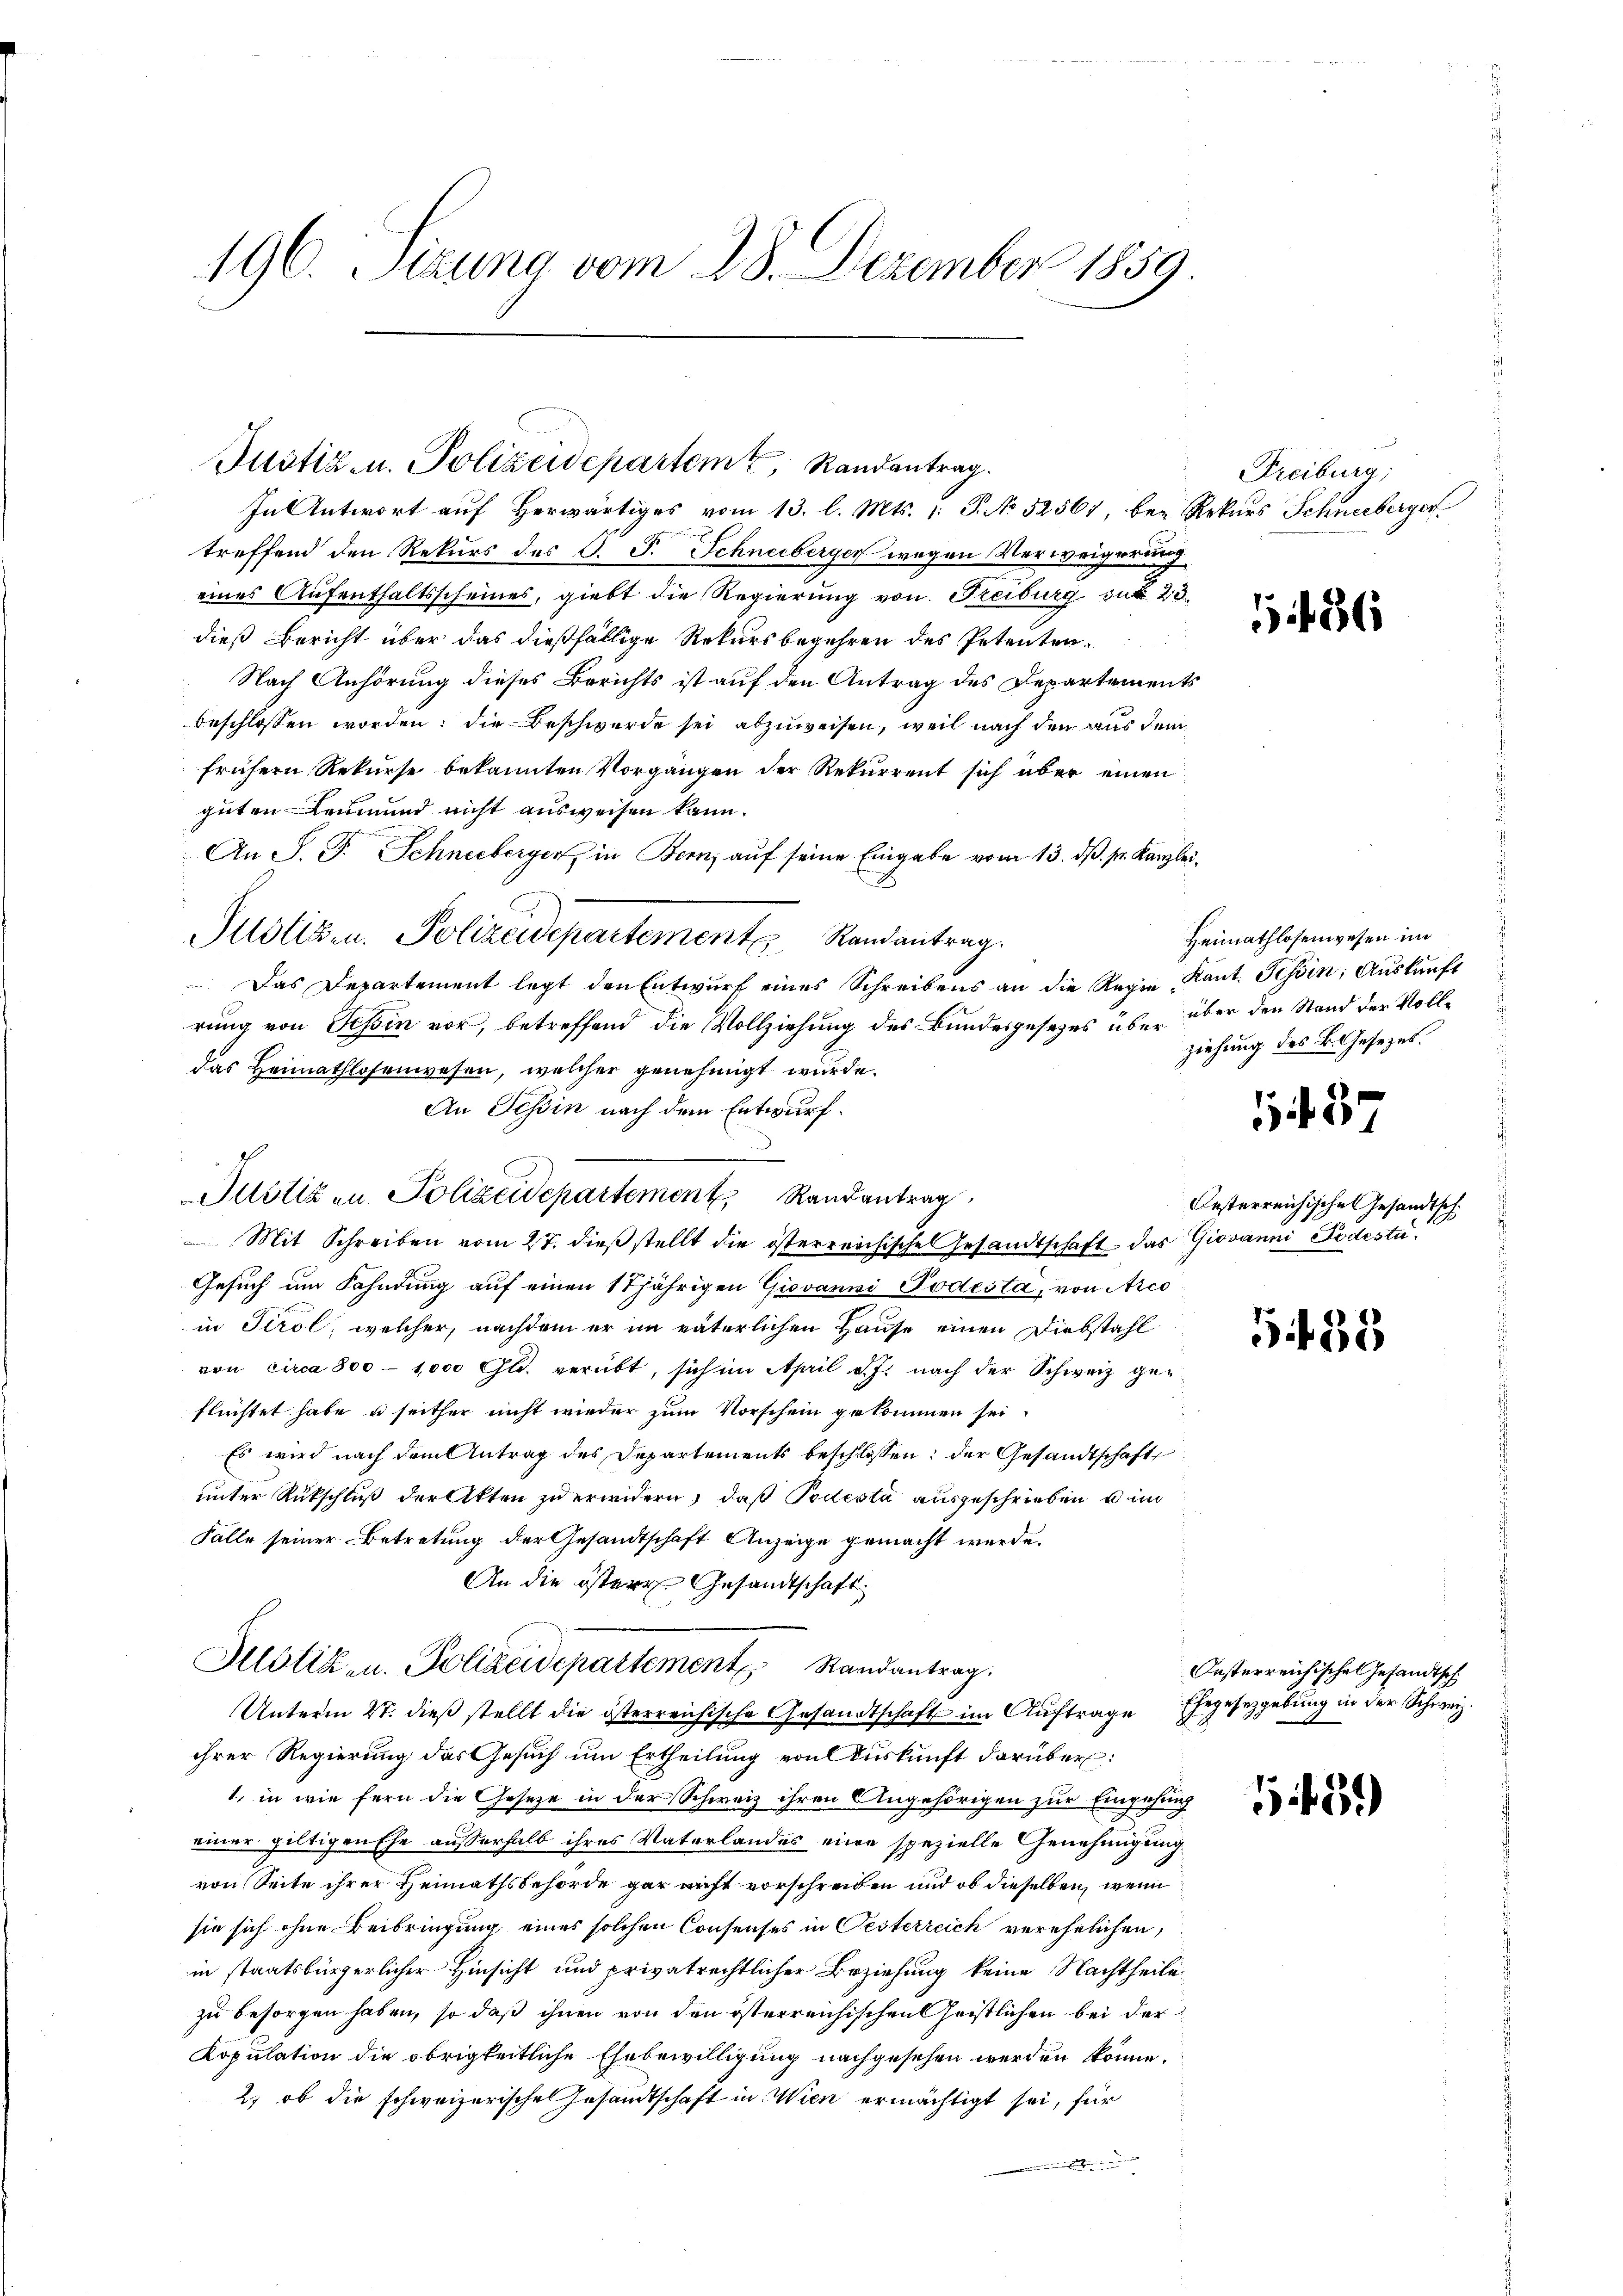
196. Sizung vom 28. Dezember 1859

Justiz- u. Polizeidepartem Randantrag.

das Heimathlosenwesen, welcher genehmigt wurde.
An Tessin nach dem Entwurf.
c
u
Justiz u. Polizeidepartement Randantrag

In Antwort auf herwärtiges vom 13. l. Mts. 1. P. No 52561, bei Rekurs Schneeberger
treffend den Rekurs des O. S. Schneiberger wegen Verweigerung
eines Aufenthaltsscheines, giebt die Regierung von Reiburg sub 23
dieß Bericht über das dießfällige Rekursbegehren des Petenten
Nach Anhörung dieses Berichts ist auf den Antrag des Departements
beschlossen worden; die Beschwerde sei abzuweisen, weil nach den aus dem
frühern Rekurse bekannten Vorgängen der Rekurrent sich über einen
guten Leumund nicht ausweisen kann.
An S. P. Schneeberger, in Bern, auf seine Eingabe vom 13. ds. pr. Kanzlei,
Justiz. Polizeidepartement Randantrag
Das Departement legt den Entwŭrf eines Schreibens an die Regien Kant. Tessin; Auskunft
rung von Tessin vor, betreffend die Vollziehung des Bundesgesetzes über über den Stand der Voll¬
Mit Schreiben vom 27. dieβ stellt die österreichische Gesandtschaft, das Giovanni Todesta¬
Gesuch um Fahndung auf einen 18jährigen Giovanni Todesta, von Arco
in Tirol, welcher, nachdem er im väterlichen Hause einen Diebstahl
von circa 800 - 1000 Gl. verübt, sich im April v. J. nach der Schweiz geflüchtet habe, u seither nicht wieder zum Vorschein gekommen sei.
Es wird nach dem Antrag des Departements beschlossen: der Gesandtschaft
unter Rückschluß der Akten zu erwidern, daß Podesta ausgeschrieben, u im
Fälle seiner Betretung der Gesandtschaft Anzeige gemacht werde.
An die östere Gesandtschaft
Justiz- u. Polizeidepartement Randantrag.
Unterm 27. dieß stellt die österreichische Gesandtschaft im Auftrage Ehegesetzgebung in der Schweiz.
ihrer Regierung des Gesuch um Ertheilung von Auskunft darüber:
1, in wie fern die Gesetze in der Schweiz ihren Angehörigen zur Eingehung
einer giltigen Ehe außerhalb ihres Vaterlandes eine spezielle Genehmigung
von Seite ihrer Heimathsbehörde gar nicht vorschreiben und ob dieselben, wenn
sie sich ohne Beibringung eines solchen Consenses in Gesterreich verehelichen,
in staatsbürgerlicher Hinsicht und privatrechtlicher Beziehung keine Nachtheile
zu besorgen haben, so daß ihnen von den österreichischen Geistlichen bei der
Kopulation die obrigkeitliche Ehebewilligung nachgesehen werden könne.
2) ob die schweizerische Gesandtschaft in Wien ermächtigt sei, für

Freiburg,

1186

Heimathlosenwesen im
ziehung des B. Gesezes.
12
Oesterreichischen Gesandtsch

5 f. 81

Oesterreichisches Gesandtsch

1439)